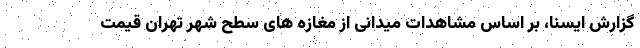
گزارش ایسنا، بر اساس مشاهدات میدانی از مغازه های سطح شهر تهران قیمت